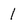
Character: 1